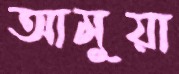
আমুয়া